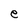
Character: e